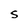
Character: S